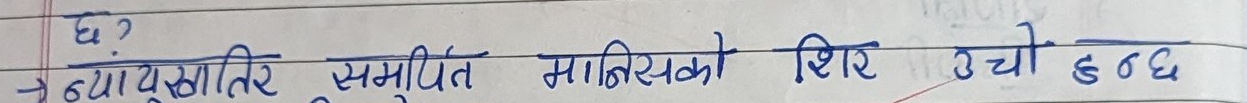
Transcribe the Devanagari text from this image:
छ ?
न्याययुक्त र समुचित मानिसको शिर उचो हुन्छ।